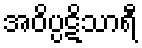
အဝိပ္ပဋိသာရီ